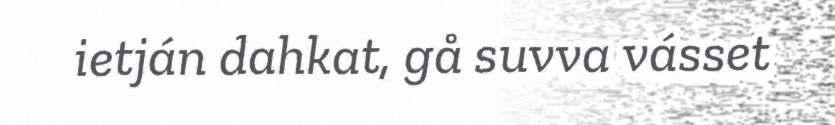
ietján dahkat, gå suvva vásset